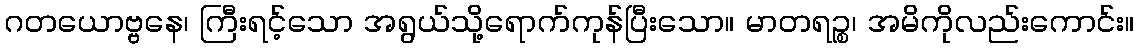
ဂတယောဗ္ဗနေ၊ ကြီးရင့်သော အရွယ်သို့ရောက်ကုန်ပြီးသော။ မာတရဉ္စ၊ အမိကိုလည်းကောင်း။